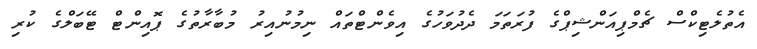
އެތުލެޓިކްސް ޗެމްޕިއަންޝިޕްގެ ފުރަތަމަ ދެދުވަހުގެ އިވެންޓްތައް ނިމުނުއިރު މުބާރާތުގެ ޕޮއިންޓް ޓޭބަލްގެ ކުރި